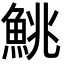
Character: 鮡